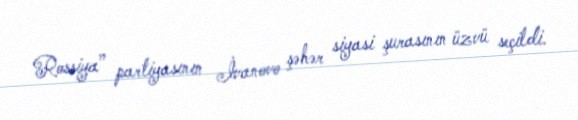
Rossiya” partiyasının İvanovo şəhər siyasi şurasının üzvü seçildi.